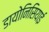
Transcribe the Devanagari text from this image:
डायोनिसियाई